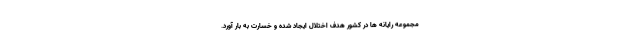
مجموعه رایانه ها در کشور هدف اختلال ایجاد شده و خسارت به بار آورد.